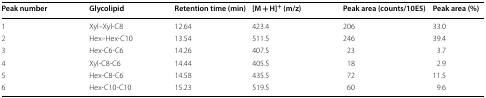
<table><thead><tr><td><b>Peak number</b></td><td><b>Glycolipid</b></td><td><b>Retention time (min)</b></td><td><b>[M + H]<sup>+</sup> (m/z)</b></td><td><b>Peak area (counts/10E5)</b></td><td><b>Peak area (%)</b></td></tr></thead><tbody><tr><td>1</td><td>Xyl–Xyl-C8</td><td>12.64</td><td>423.4</td><td>206</td><td>33.0</td></tr><tr><td>2</td><td>Hex–Hex-C10</td><td>13.54</td><td>511.5</td><td>246</td><td>39.4</td></tr><tr><td>3</td><td>Hex-C6-C6</td><td>14.26</td><td>407.5</td><td>23</td><td>3.7</td></tr><tr><td>4</td><td>Xyl-C8-C6</td><td>14.44</td><td>405.5</td><td>18</td><td>2.9</td></tr><tr><td>5</td><td>Hex-C8-C6</td><td>14.58</td><td>435.5</td><td>72</td><td>11.5</td></tr><tr><td>6</td><td>Hex-C10-C10</td><td>15.23</td><td>519.5</td><td>60</td><td>9.6</td></tr></tbody></table>